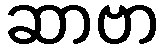
ဆာဗာ